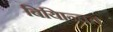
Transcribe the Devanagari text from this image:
बियािन्वत